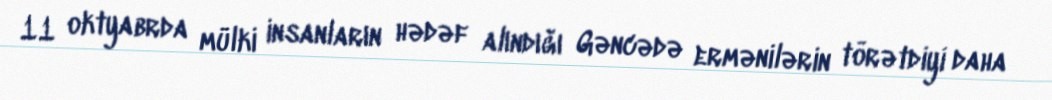
11 oktyabrda mülki insanların hədəf alındığı Gəncədə ermənilərin törətdiyi daha